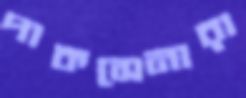
পাকসেনারা